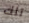
تلك